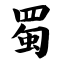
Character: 蜀